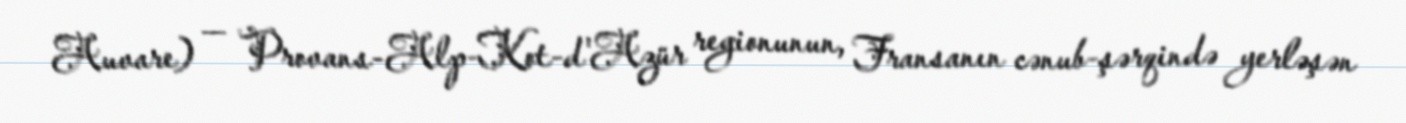
Auvare) — Provans-Alp-Kot-d'Azür regionunun, Fransanın cənub-şərqində yerləşən